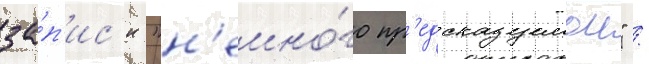
за́п'ис'и "н'емно́го пр'едсказуемои" /